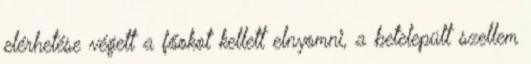
elérhetése végett a főokot kellett elnyomni, a betelepült szellem